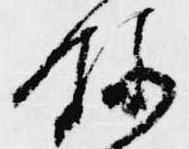
録